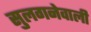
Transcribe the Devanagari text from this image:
सुलगनेवाली